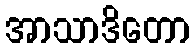
အာသာဒိတော